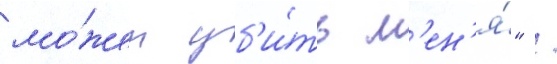
мо́жет уб'и́ть м'ен'я́" /